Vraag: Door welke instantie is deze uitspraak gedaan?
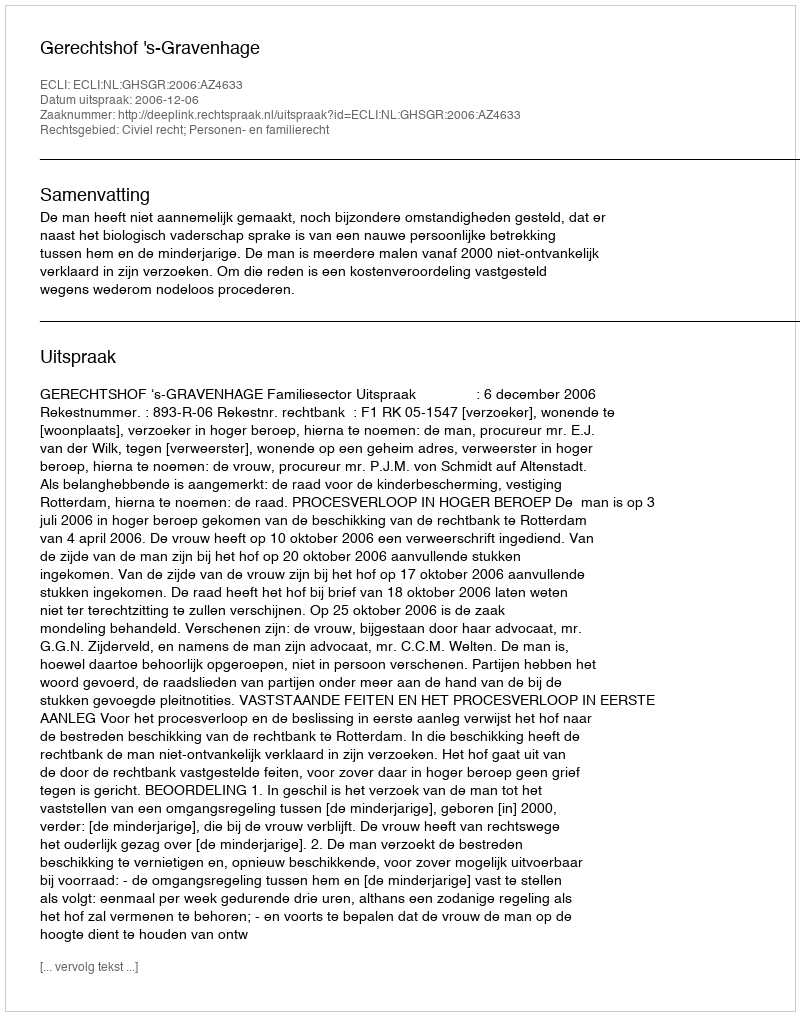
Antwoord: Gerechtshof 's-Gravenhage